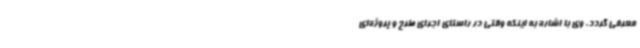
معرفی گردد. وی با اشاره به اینکه وقتی در راستای اجرای طرح و پروژه‌ای